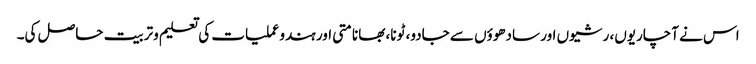
اس نے آچاریوں، رشیوں اور سادھوؤں سے جادو، ٹونا، بھانامتی اور ہندوعملیات کی تعلیم وتربیت حاصل کی۔